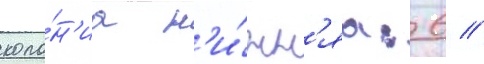
коло́н'иа н'и́жн'яа: 6 //